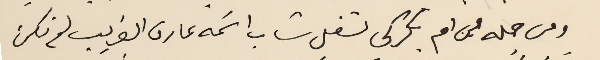
ومن جمله من ام بكركى لشغل شاب اسَمه عارف الغريب لم نكن